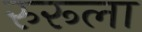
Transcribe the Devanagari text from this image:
रुरूला